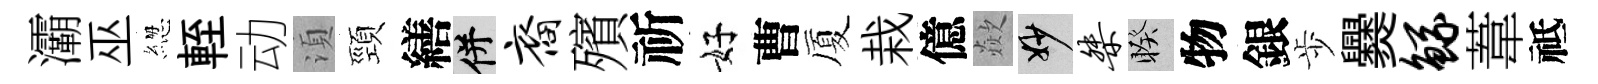
灞巫緫輊动湏頸繕并裔殯祈好曹厦栽億歘妙桀睽物銀歩爨鲧葦祗